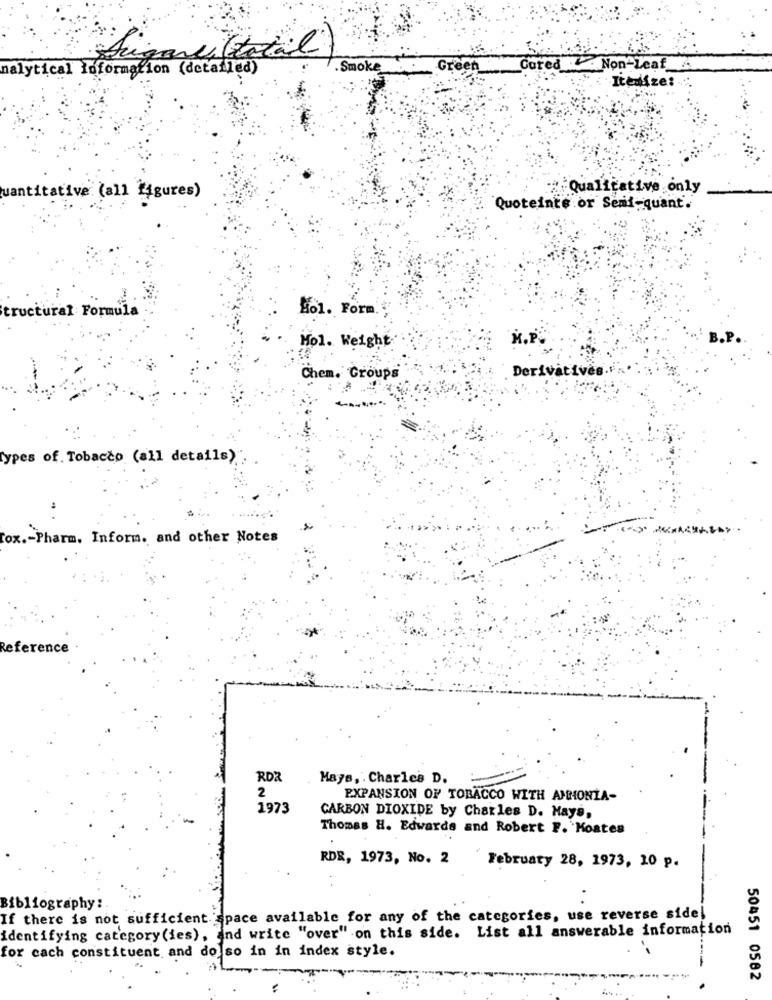
Sugarci (total)
nalytical loformation (detailed)
.Smoke
Green
Cored Non-leaf
Itemize:
Qualitative only
uantitative (all 14gures)
Quoteinte or Semi-quant.
Bol. Form.
tructural Formula
K.P.
B.P.
Mol. Weight
Derivatives.
Chem. Groups
types of. Tobacco (all details)
fox .- Pharm. Inform. and other Notes
Reference
RDZ
Hays, . Charles D.
2
EXPANSION OF TOBACCO WITH AMMONTA-
1973
CARBON DIOXIDE by Charles D. Hays,
Thomas H. Edwards and Robert F. Moates
RDR, 1973, No. 2
February 28, 1973, 10 p.
Bibliography:
If there is not sufficient space available for any of the categories, use reverse side!
identifying category(ies), and write "over" on this side. List all answerable information
for cach constituent and do so in in index style.
50451 0582